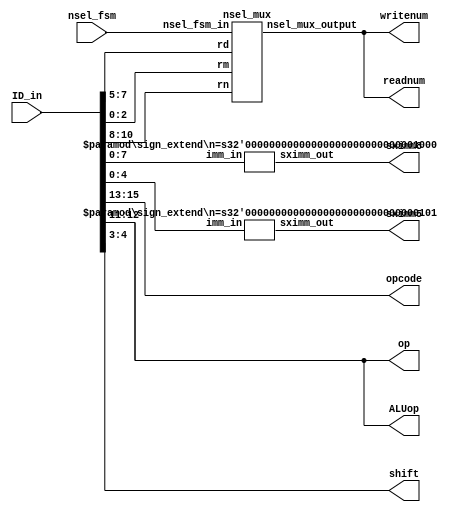
module instr_dec(ID_in, opcode, op, nsel_fsm, readnum, writenum, ALUop, sximm5, sximm8, shift);
    input [15:0] ID_in;

    output [2:0] opcode;
    output [1:0] op;
    assign opcode = ID_in[15:13];
    assign op = ID_in[12:11];

    input [1:0] nsel_fsm; //from FSM :)
    wire [2:0] nsel_mux_out;
    wire [2:0] Rn = ID_in[10:8];
    wire [2:0] Rd = ID_in[7:5];
    wire [2:0] Rm = ID_in[2:0];
    output [2:0] readnum;
    output [2:0] writenum;

    output [15:0] sximm8;
    output [15:0] sximm5;
    wire [7:0] imm8 = ID_in[7:0];
    wire [4:0] imm5 = ID_in[4:0];

    output [1:0] ALUop;
    assign ALUop = ID_in[12:11];

    output [1:0] shift;
    assign shift = ID_in[4:3];

    nsel_mux NSEL_MUX(Rn, Rd, Rm, nsel_fsm, nsel_mux_out); //instatiating mux for register Rn, Rd, Rm select
    sign_extend #(8) U0(imm8, sximm8); //instantiating sign extender for immediate 8 operand
    sign_extend #(5) U1(imm5, sximm5); //instantiating sign extender for immediate 5 operand

    assign readnum = nsel_mux_out;
    assign writenum = nsel_mux_out;

endmodule

//Mux to select between Rn, Rd, Rm to control what is driven onto readnum and writenum
module nsel_mux(rn, rd, rm, nsel_fsm_in, nsel_mux_output);
    input [2:0] rn, rd, rm;
    input [1:0] nsel_fsm_in;
    output [2:0] nsel_mux_output;
    reg [2:0] nsel_mux_output;

    always @* begin
        case(nsel_fsm_in)
            2'b00 : nsel_mux_output = rn; 
            2'b01 : nsel_mux_output = rd; 
            2'b10 : nsel_mux_output = rm;
            2'b11 : nsel_mux_output = 3'bxxx;
            default: nsel_mux_output = 3'bxxx;

        endcase
    end

endmodule


//Parameterized module for sign extending a binary value
module sign_extend(imm_in, sximm_out);
    parameter n = 1;
    input [n-1:0] imm_in;
    output [15:0] sximm_out;
    reg [15:0] sximm_out;

    always @* begin
        case(imm_in[n-1])
            1'b1 : sximm_out = {{(16-n){1'b1}}, imm_in}; //sign extends all 1s
            1'b0 : sximm_out = {{(16-n){1'b0}}, imm_in}; //sign extends all 0s

            default : sximm_out = {16{1'bx}};
        endcase
    end
endmodule